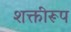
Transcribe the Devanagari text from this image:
शक्तीरूप